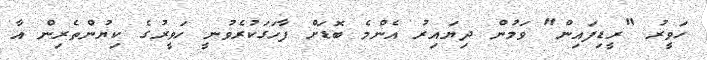
ހަވީރު "ރީޑިފައިން" ވަމުން ދިޔައިރު އެންމެ ބޮޑަށް ފާހަގަކުރެވުނީ ހަވީރުގެ ކިޔުންތެރިން އާ